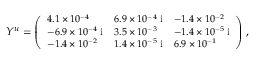
\small { Y ^ { u } = \left( \begin{array} { l l l } { { 4 . 1 \times 1 0 ^ { - 4 } } } & { { 6 . 9 \times 1 0 ^ { - 4 } \; \mathrm { i } } } & { { - 1 . 4 \times 1 0 ^ { - 2 } } } \\ { { - 6 . 9 \times 1 0 ^ { - 4 } \; \mathrm { i } } } & { { 3 . 5 \times 1 0 ^ { - 3 } } } & { { - 1 . 4 \times 1 0 ^ { - 5 } \; \mathrm { i } } } \\ { { - 1 . 4 \times 1 0 ^ { - 2 } } } & { { 1 . 4 \times 1 0 ^ { - 5 } \; \mathrm { i } } } & { { 6 . 9 \times 1 0 ^ { - 1 } } } \end{array} \right) \; } ,